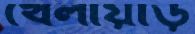
খেলায়াড়